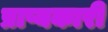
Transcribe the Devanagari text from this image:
प्राप्यकारी